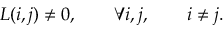
L ( i , j ) \ne 0 , \qquad \forall i , j , \qquad i \ne j .